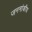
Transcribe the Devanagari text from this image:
जननांकीय